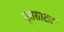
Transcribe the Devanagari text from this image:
मृतसाठा